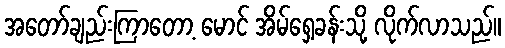
အတော်ချည်းကြာတော့ မောင် အိမ်ရှေ့ခန်းသို့ လိုက်လာသည်။